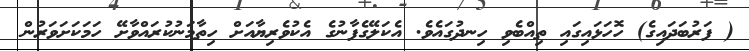
( ފަރުބަދައިގެ) ހޮހަޅައިގައި ތިއްބެވި ހިނދުގައެވެ. އެކަލޭގެފާނުގެ އެކުވެރިޔާއަށް ހިތާމަނުކުރައްވާށޭ ހަމަކަށަވަރުން